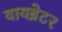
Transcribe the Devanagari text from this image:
वायब्रेटर